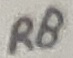
Text: R8